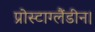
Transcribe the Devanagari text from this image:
प्रोस्टाग्लैंडीन।